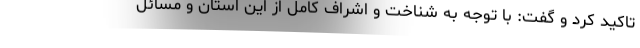
تاکید کرد و گفت: با توجه به شناخت و اشراف کامل از این استان و مسائل